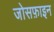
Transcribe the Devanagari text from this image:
जोसफ़ाइन